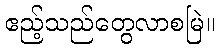
ဧည့်သည်တွေလာစမြဲ။